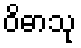
ဝိဓာသု